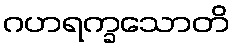
ဂဟရက္ခသောတိ